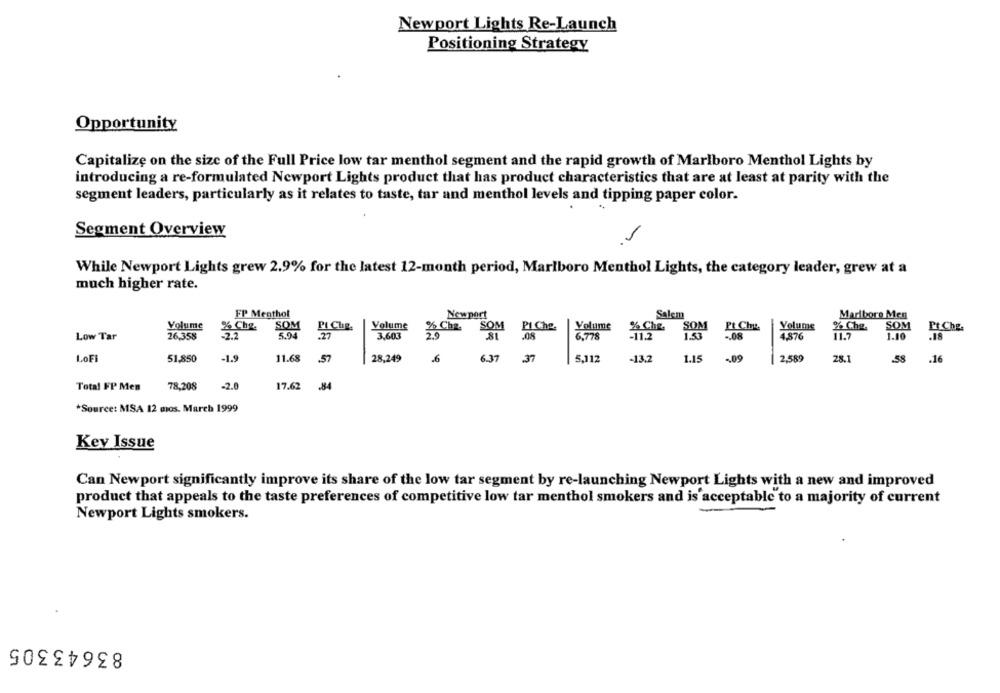
Newport Lights Re-Launch
Positioning Strategy
Opportunity
Capitalize on the size of the Full Price low tar menthol segment and the rapid growth of Marlboro Menthol Lights by
introducing a re-formulated Newport Lights product that has product characteristics that are at least at parity with the
segment leaders, particularly as it relates to taste, tar and menthol levels and tipping paper color.
-
Segment Overview
While Newport Lights grew 2.9% for the latest 12-month period, Marlboro Menthol Lights, the category leader, grew at a
much higher rate.
FP Menthol
Newport
Salem
Marlboro Men
Volume
% Che.
SOM
Pt Che.
Volume
% Cha.
SOM
PI Che.
Volume
% Che.
SOM
Pt Che.
Volume
% Che.
SOM
Pt.Che.
Low Tar
26,358
-2.2
5.94
.27
3,603
2.9
.08
6.778
-11.2
1.53
-. 08
4.876
11.7
1.10
.18
LoFi
51,850
-1.9
11.68
.57
28,249
6.37
.37
5.112
-13.2
1.15
.. 09
2,589
28.1
.58
.16
Total FP Men
78,208
-2.0
17.62
.84
*Source: MSA 12 mos. March 1999
Key Issue
Can Newport significantly improve its share of the low tar segment by re-launching Newport Lights with a new and improved
product that appeals to the taste preferences of competitive low tar menthol smokers and is acceptable to a majority of current
Newport Lights smokers.
83643305